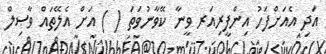
އަދި އެއަށްފަހު އިންފީރިއަރ ވީނާ ކޭވާނުވަތަ ( ) އަށް އެލޭތައް ވާޞިލް